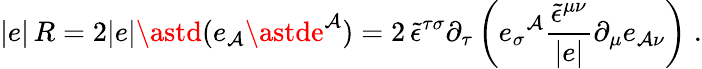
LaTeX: |e|\, R=2|e|\astd(e_{\mathcal{A}}\astde^{\mathcal{A}})=2\, \tilde{{\epsilon}}^{\tau\sigma}\partial_{\tau}\left(e_{\sigma}{}^{\mathcal{A}}\frac{{\tilde{{\epsilon}}^{\mu\nu}}}{{|e|}}\partial_{\mu}e_{\mathcal{A}\nu}\right)\; .